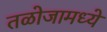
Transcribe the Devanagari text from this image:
तळोजामध्ये